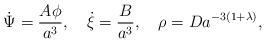
LaTeX: \begin{align*}\dot\Psi = \frac{A\phi}{a^3}, \quad \dot\xi = \frac{B}{a^3}, \quad\rho = D a^{- 3(1 + \lambda)}, \end{align*}